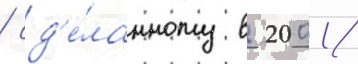
/ сд'е́ланному в 2001